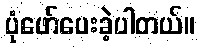
ပုံဖော်ပေးခဲ့ပါတယ်။